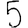
Digit: 5